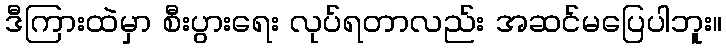
ဒီကြားထဲမှာ စီးပွားရေး လုပ်ရတာလည်း အဆင်မပြေပါဘူး။